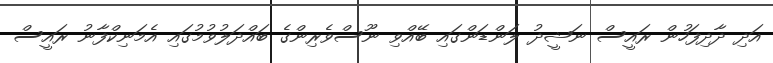
އަދި ދާދިފަހުން ރައީސް ނަޝީދު ލަންޑަންގައި ބޭއްވި ނޫސްވެރިންގެ ބައްދަލުވުމުގައި އެމަނިކްފާނު ރައީސް